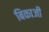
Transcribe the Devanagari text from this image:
बिकाजी